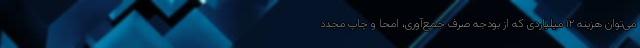
می‌توان هزینه ۱۲ میلیاردی که از بودجه صرف جمع‌آوری، امحا و چاپ مجدد